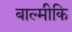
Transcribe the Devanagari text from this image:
बाल्‍मीकि